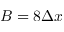
B = 8 \Delta x